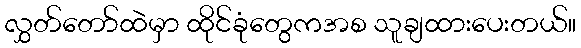
လွှတ်တော်ထဲမှာ ထိုင်ခုံတွေကအစ သူချထားပေးတယ်။